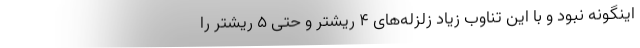
اینگونه نبود و با این تناوب زیاد زلزله‌های ۴ ریشتر و حتی ۵ ریشتر را